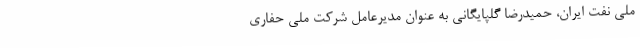
ملی نفت ایران، حمیدرضا گلپایگانی به عنوان مدیرعامل شرکت ملی حفاری